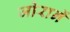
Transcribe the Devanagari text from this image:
जोरानें